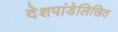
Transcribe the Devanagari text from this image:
देशपांडेलिखित